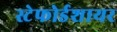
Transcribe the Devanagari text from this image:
स्टेफोर्डशायर